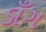
ડાઁગ